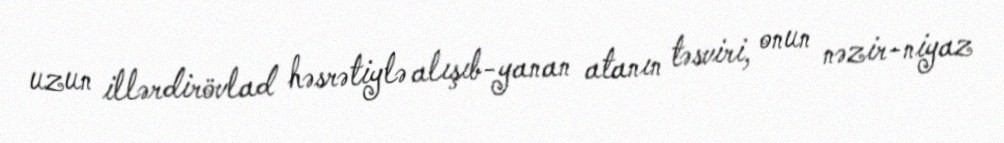
uzun illərdirövlad həsrətiylə alışıb-yanan atanın təsviri, onun nəzir-niyaz